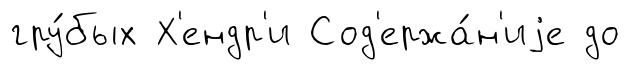
гру́бых Х'ендр'и Сод'ержа́н'иjе до